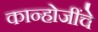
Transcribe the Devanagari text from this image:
कान्होजींचे